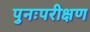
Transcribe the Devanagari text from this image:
पुनःपरीक्षण